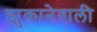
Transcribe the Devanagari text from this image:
झुकानेवाली